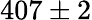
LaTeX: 407\pm 2